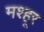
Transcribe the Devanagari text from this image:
मश्‍हूर